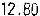
12.80